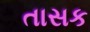
તાસક